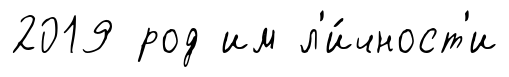
2019 род им л'и́чност'и